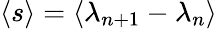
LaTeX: \langle s\rangle=\langle\lambda_{n+1}-\lambda_{n}\rangle